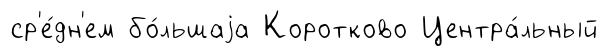
ср'е́дн'ем бо́льшаjа Коротково Центра́льный